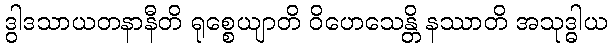
ဒွါဒသာယတနာနီတိ ရုစ္စေယျာတိ ဝိဟေသေန္တိ နဿာတိ အသုဒ္ဓါယ